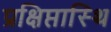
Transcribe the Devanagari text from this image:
प्रक्षिप्तास्थि